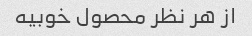
از هر نظر محصول خوبیه